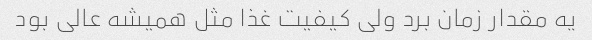
یه مقدار زمان برد ولی کیفیت غذا مثل همیشه عالی بود